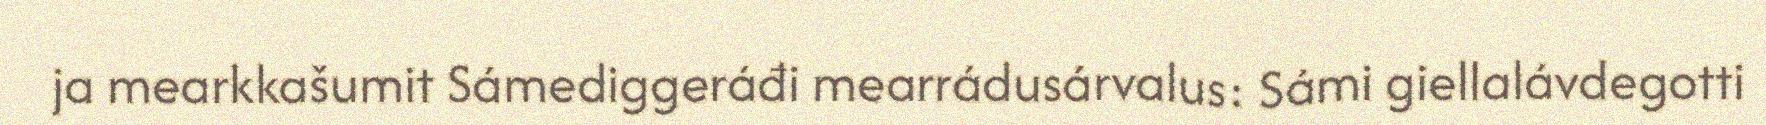
ja mearkkašumit Sámediggeráđi mearrádusárvalus: Sámi giellalávdegotti